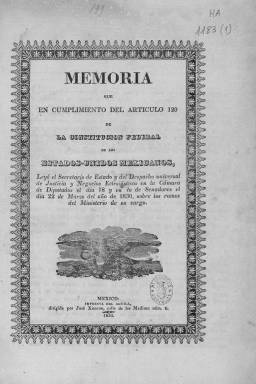
Título: Memoria que en cumplimiento del artículo 120 de la constitución federal de los Estados-Unidos Mexicanos, leyó el Secretario de Estado y del Despacho Universal de Justicia y Negocios Eclesiásticos ...
Otros títulos: Memoria que en cumplimiento del artículo ciento veinte de la constitución federal de los Estados Unidos Mexicanos, leyó el Secretario de Estado y del Despacho Universal de Justicia y Negocios Eclesiásticos ...
Colección: Anuarios e informes
Ámbito geográfico: México
Lugar de publicación: México
Fechas: 01/01/1830-31/12/1831